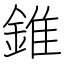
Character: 錐